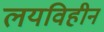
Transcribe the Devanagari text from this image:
लयविहीन